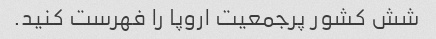
شش کشور پرجمعیت اروپا را فهرست کنید.